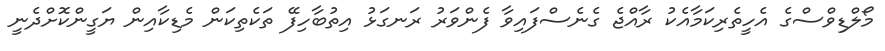
މޯލްޑިވްސްގެ އެހީތެރިކަމާއެކު ރާއްޖެ ގެނެސްފައިވާ ފެންވަރު ރަނގަޅު އިތުބާހިފޭ ތަކެތިކަން މެޑިކާއިން ޔަގީންކޮށްދެނީ